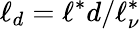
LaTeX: \ell_{d}=\ell^{*}d/\ell_{\nu}^{*}